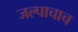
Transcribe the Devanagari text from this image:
जल्पाचाच